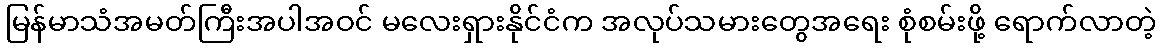
မြန်မာသံအမတ်ကြီးအပါအဝင် မလေးရှားနိုင်ငံက အလုပ်သမားတွေအရေး စုံစမ်းဖို့ ရောက်လာတဲ့